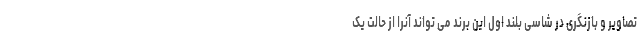
تصاویر و بازنگری در شاسی بلند اول این برند می تواند آنرا از حالت یک